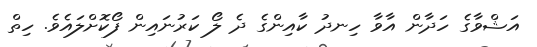
އަޝްވާގެ ހަދާން އާވާ ހިނދު ކާއިންގެ ދެ ލޯ ކަރުނައިން ފޯކޮށްލައެވެ. ހިތް